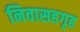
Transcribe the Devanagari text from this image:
निवासहगृह